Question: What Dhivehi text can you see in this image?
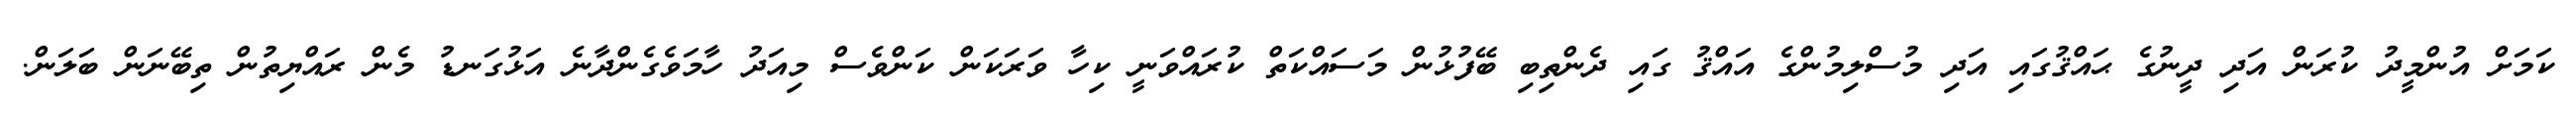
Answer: ކަމަށް އުންމީދު ކުރަން އަދި ދީނުގެ ޙައްޤުގައި އަދި މުސްލިމުންގެ އައްޤު ގައި ދެންތިބި ބޭފުޅުން މަސައްކަތް ކުރައްވަނީ ކިހާ ވަރަކަން ކަންވެސް މިއަދު ހާމަވެގެންދާނެ އަޅުގަނޑު މެން ރައްޔިތުން ތިބޭނަން ބަލަން.